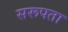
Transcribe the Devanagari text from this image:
सरूपता